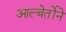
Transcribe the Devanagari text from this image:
आल्बेर्तोने